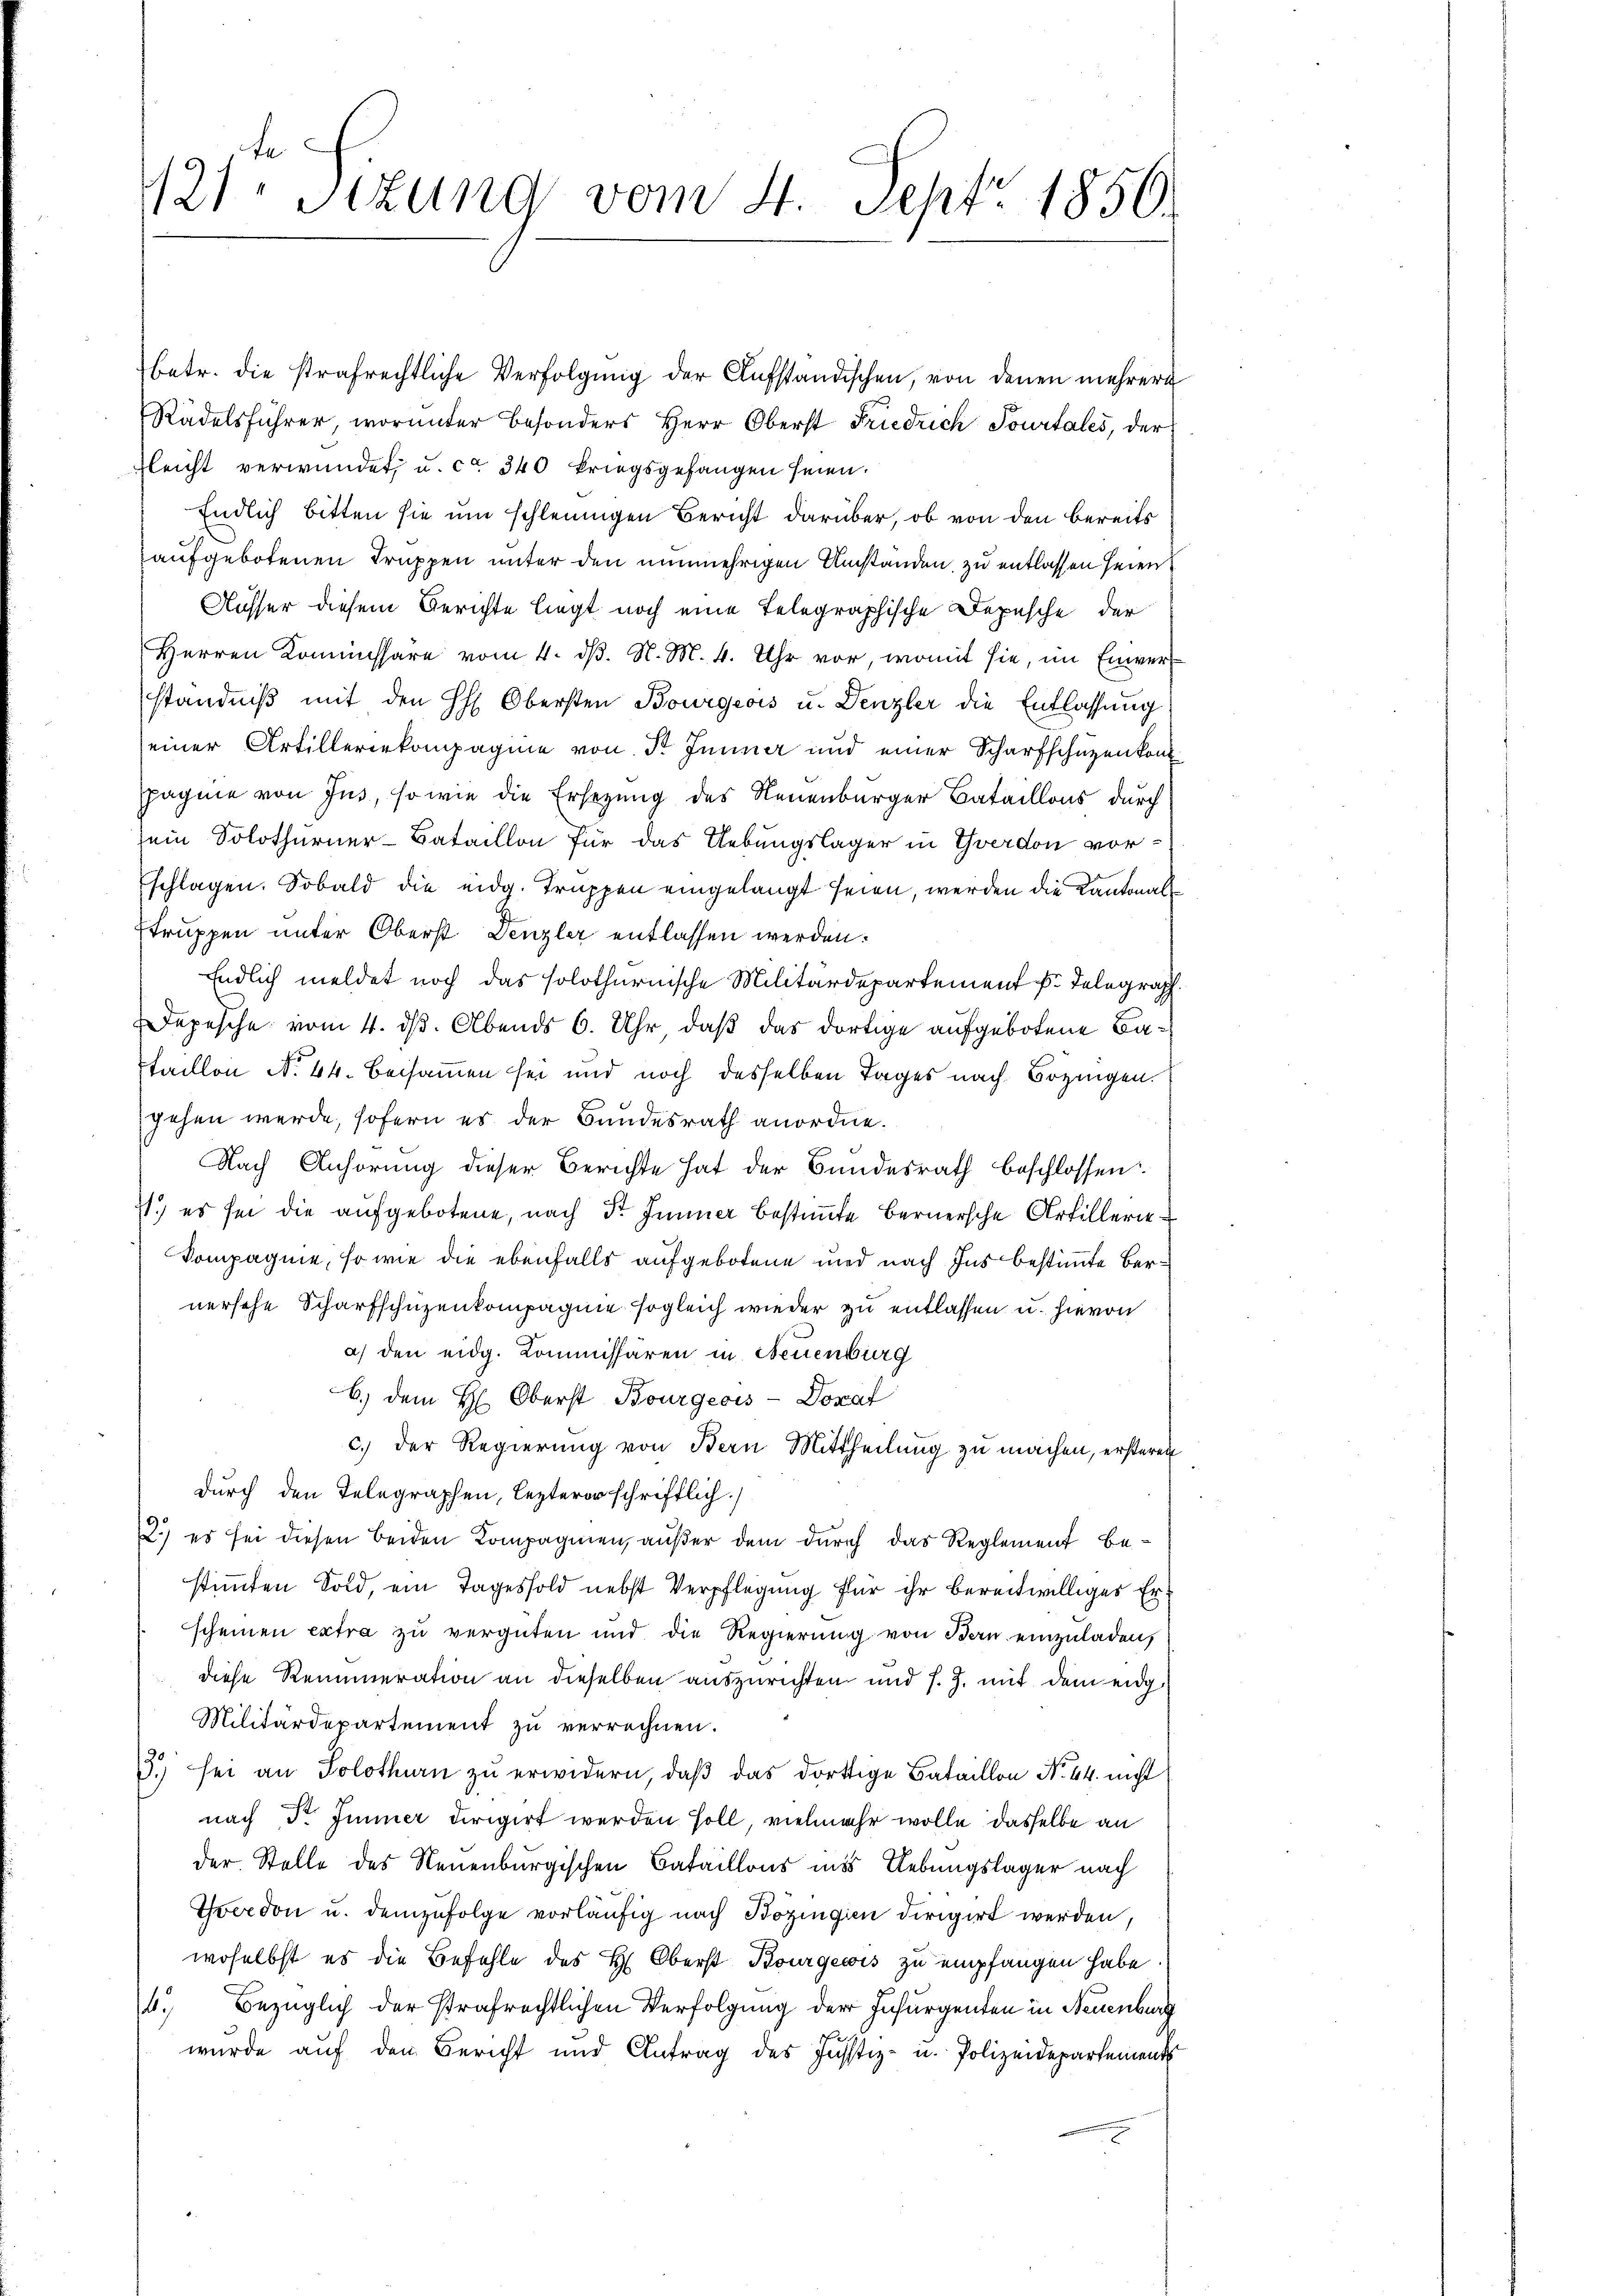
121. Sitzung vom 4. Sept. 1850.

betr. die strafrechtliche Verfolgung der Aufständischen, von denen mehrere
Rädelsführer, worunter besonders Herr Oberst Friedrich Pourtales, der
fleicht verwundet, u. ca 340 kriegsgefangen seien.
Endlich bitten sie um schleunigen Bericht darüber, ob von den bereits
aufgebotenen Truppen unter den nunmehrigen Umstanden, zu entlassen seien
Ausser diesem Berichte liegt noch eine Telegraphische Depesche der
Herren Kommissare vom 4. dß. N. M. 4. Uhr vor, womit sie, im Einverständniβ mit den H: Obersten Bourgeois u. Denzler die Entlassung
einer Artilleriekompagnie von Fr. Jenner und einer Scharfschüzenkont
pagnie von Jus, so wie die Ersezung des Neuenburger Bataillons durch
sein Solothurner-Bataillon für das Uebungslager in Yverdon vorschlagen. Sobald die eidg. Truppen eingelangt seien, werden die Kantonall
truppen unter Oberst Denzler entlassen werden:
Endlich meldet noch das solothurnische Militärdepartement Fr. Telegraph
Depesche vom 4. ds. Abends 6. Uhr, daß das dortige aufgebotene Bataillon No 44. Beisammen sei und noch desselben Tages nach Bozingen.
gehen werde, sofern es der Bundesrath anordne.
Nach Anhörung dieser Berichte hat der Bundesrath beschlossen:
1.) es sei die aufgebotene, nach Dr. Immer bestimmte Bernersche Artillern
Kompagnie, so wie die ebenfalls aufgebotene und nach Ins bestimmte Bernersche Scharfschuzenkompagnie sogleich wieder zu entlassen u. hievon
a) den eidg. Kommissären in Neuenburg
b.) dem H: Oberst Bourgeois - Doxaf
c. der Regierŭng von Bern Mittheilŭng zu machen, ersteren
durch den Telegraphen, lezterer schriftlich.)
22.) es sei diesen beiden Kompagnien, außer dem durch das Reglement bestimmten Sold, ein Tagessold nebst Verpflegung für ihr bereitwilliges Er-
scheinen extra zu vergüten und die Regierung von Bern einzuladen,
diese Remuneration an dieselben auszurichten und s. Z. mit dem eidg
Militärdepartement zu verrechnen.
3.) sei an Solothurn zu erwidern, daß das dortige Bataillon No. 44. nicht
nach Dr. Immer dirigirt werden soll, vielmehr wolle dasselbe an
der Stelle des Neuenburgischen Bataillons ins Uebungslager nach
Yverdon u. demzufolge vorläufig nach Bozingien dirigirt werden,
woselbst es die Befehle des H. Oberst Kourgewis zu empfangen habe
4. Bezüglich der strafrechtlichen Verfolgung der Insurgenten in Neuenburg
wurde auf den Bericht und Antrag des Justiz- u. Polizeidepartements